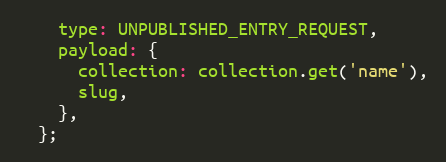
Language: JavaScript
    type: UNPUBLISHED_ENTRY_REQUEST,
    payload: {
      collection: collection.get('name'),
      slug,
    },
  };